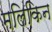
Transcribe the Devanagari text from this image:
मलिकिन